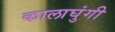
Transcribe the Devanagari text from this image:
कालाघुंगी